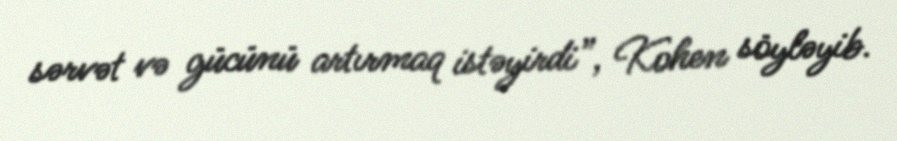
sərvət və gücünü artırmaq istəyirdi”, Kohen söyləyib.